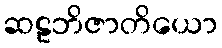
ဆဠဘိဇာတိယော